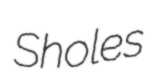
Sholes